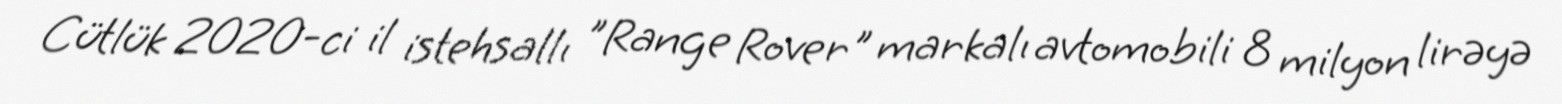
Cütlük 2020-ci il istehsallı "Range Rover" markalı avtomobili 8 milyon lirəyə